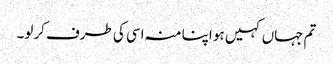
تم جہاں کہیں ہو اپنا منہ اسی کی طرف کرلو۔